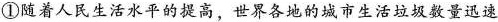
①随着人民生活水世界各地的城市生活垃圾数量讯速